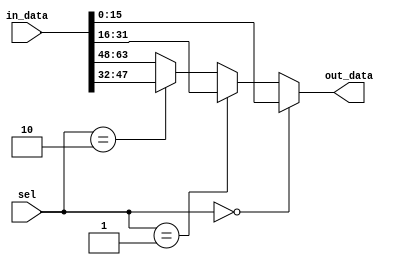
module cache_output_MUX(in_data, sel, out_data);
  input[63:0] in_data;
  input [1:0] sel;
  output [15:0] out_data;
  
  
  assign out_data = (sel == 2'b00)? in_data[15:0]:
                    (sel == 2'b01)? in_data[31:16]:
                    (sel == 2'b10)? in_data[47:32]: in_data[63:48];
                    
endmodule